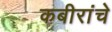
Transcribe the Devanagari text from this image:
कबीरांचे